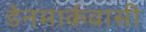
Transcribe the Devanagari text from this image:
डेनमार्कवासी